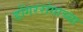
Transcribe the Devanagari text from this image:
डोंगररांगाच्या